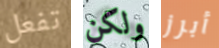
تفعل ولكن أبرز